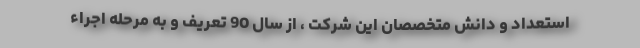
استعداد و دانش متخصصان این شرکت ، از سال 90 تعریف و به مرحله اجراء